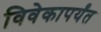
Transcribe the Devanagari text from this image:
विवेकापर्यंत